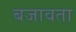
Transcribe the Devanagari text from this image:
बजावता